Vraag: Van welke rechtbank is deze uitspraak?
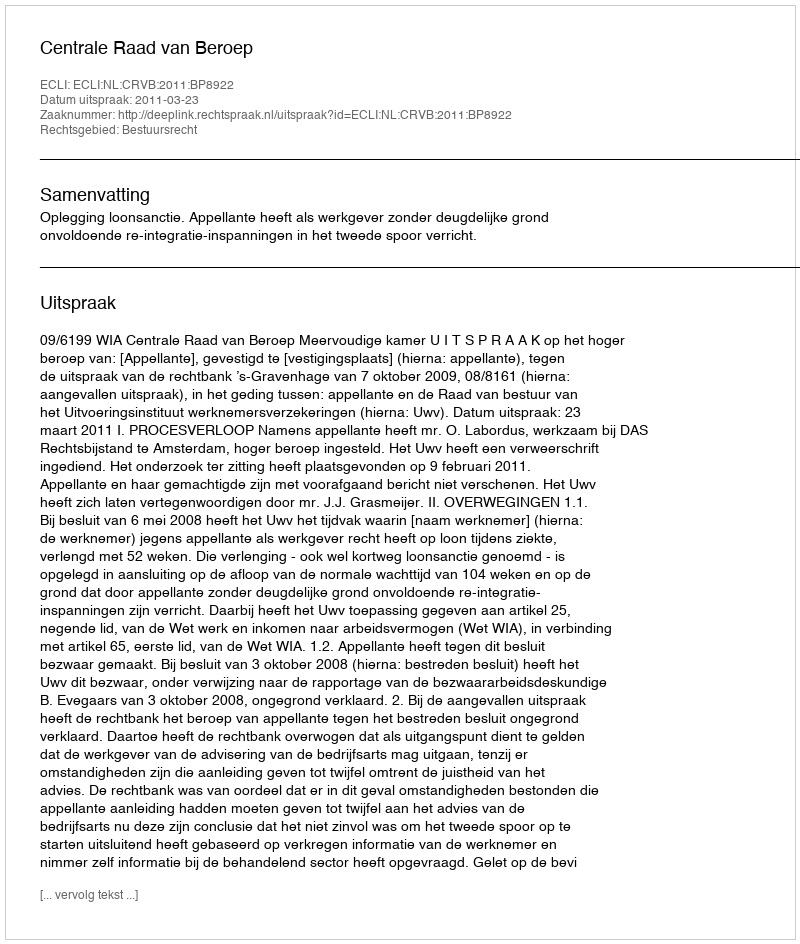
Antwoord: Centrale Raad van Beroep